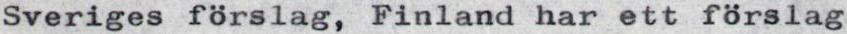
Sveriges förslag, Finland har ett förslag